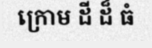
ក្រោម ដី ដ៏ ធំ